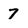
Character: 7